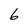
Character: 6